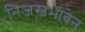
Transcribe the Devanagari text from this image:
निजस्वभावेन